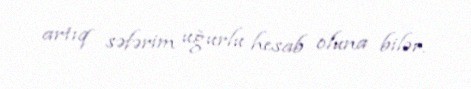
artıq səfərim uğurlu hesab oluna bilər.